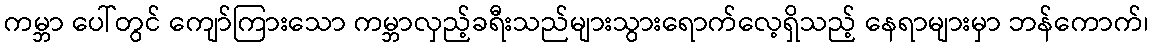
ကမ္ဘာ ပေါ်တွင် ကျော်ကြားသော ကမ္ဘာလှည့်ခရီးသည်များသွားရောက်လေ့ရှိသည့် နေရာများမှာ ဘန်ကောက်၊